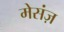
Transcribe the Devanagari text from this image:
मेसंज़